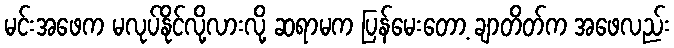
မင်းအဖေက မလုပ်နိုင်လို့လားလို့ ဆရာမက ပြန်မေးတော့ ချာတိတ်က အဖေလည်း